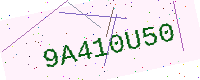
Text: 9A410U50